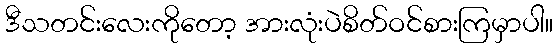
ဒီသတင်းလေးကိုတော့ အားလုံးပဲစိတ်ဝင်စားကြမှာပါ။